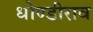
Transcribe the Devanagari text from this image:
धोण्डीराव